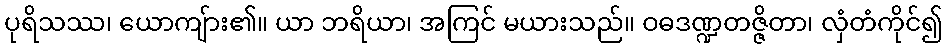
ပုရိသဿ၊ ယောကျ်ား၏။ ယာ ဘရိယာ၊ အကြင် မယားသည်။ ဝဓဒဏ္ဍတဇ္ဇိတာ၊ လှံတံကိုင်၍